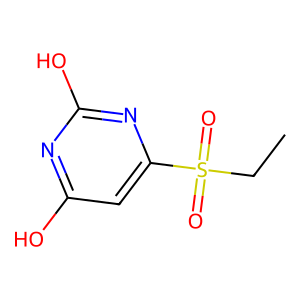
SMILES: CCS(=O)(=O)c1cc(O)nc(O)n1
Inhibits HIV replication: No